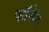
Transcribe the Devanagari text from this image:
फॉसेट्ट